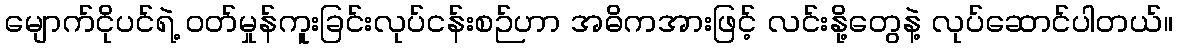
မျောက်ငိုပင်ရဲ့ ဝတ်မှုန်ကူးခြင်းလုပ်ငန်းစဉ်ဟာ အဓိကအားဖြင့် လင်းနို့တွေနဲ့ လုပ်ဆောင်ပါတယ်။